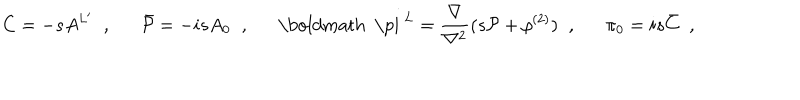
C = - s A ^ { L ^ { \prime } } \; \; , \; \; \hspace { 1 e m } \bar { { \cal P } } = - i s A _ { 0 } \; \; , \; \; \hspace { 1 e m } \mathrm { \boldmath ~ \ p i ~ } ^ { L } = \frac { \nabla } { \nabla ^ { 2 } } ( s { \cal P } + \rho ^ { ( 2 ) } ) \; \; , \; \; \hspace { 1 e m } \pi _ { 0 } = i s \bar { C } \; \; ,